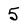
Character: 5